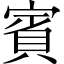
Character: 賓